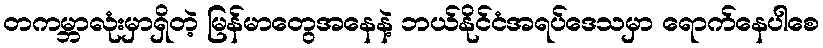
တကမ္ဘာလုံးမှာရှိတဲ့ မြန်မာတွေအနေနဲ့ ဘယ်နိုင်ငံအရပ်ဒေသမှာ ရောက်နေပါစေ